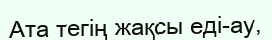
Ата тегің жақсы еді-ау,